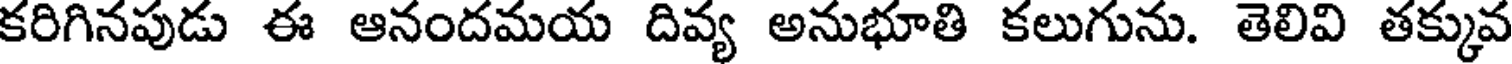
కరిగినపుడు ఈ ఆనందమయ దివ్య అనుభూతి కలుగును. తెలివి తక్కువ